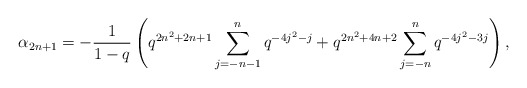
\begin{align*} \alpha_{2n+1} = -\frac{1}{1-q}\left(q^{2n^2+2n+1}\sum_{j=-n-1}^{n}q^{-4j^2-j} + q^{2n^2+4n+2}\sum_{j=-n}^{n}q^{-4j^2-3j}\right),\end{align*}